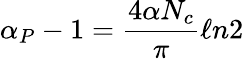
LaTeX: \alpha_{P}-1={\frac{4\alpha N_{c}}{\pi}}\ell n2